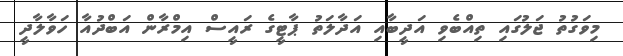
މިވަގުތު ޖަލުގައި ތިއްބެވި އަދީބާއި އަދާލަތު ޕާޓީގެ ރައީސް އިމްރާން އަބްދުއާ ހަވާލާދީ